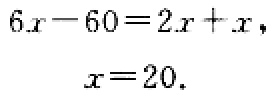
\[

\begin{align*}

6x - 60&=2x + x,\\

x&=20.

\end{align*}

\]